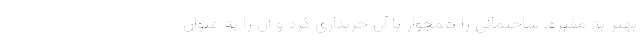
بهتر به مقبره، ساختمانی را همجوار با آن خریداری کرد و آن را به عنوان